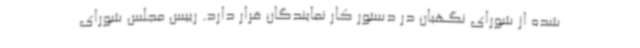
شده از شورای نگهبان در دستور کار نمایندگان قرار دارد. رییس مجلس شورای